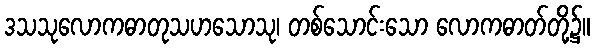
ဒသသုလောကဓာတုသဟသောသု၊ တစ်သောင်းသော လောကဓာတ်တို့၌။